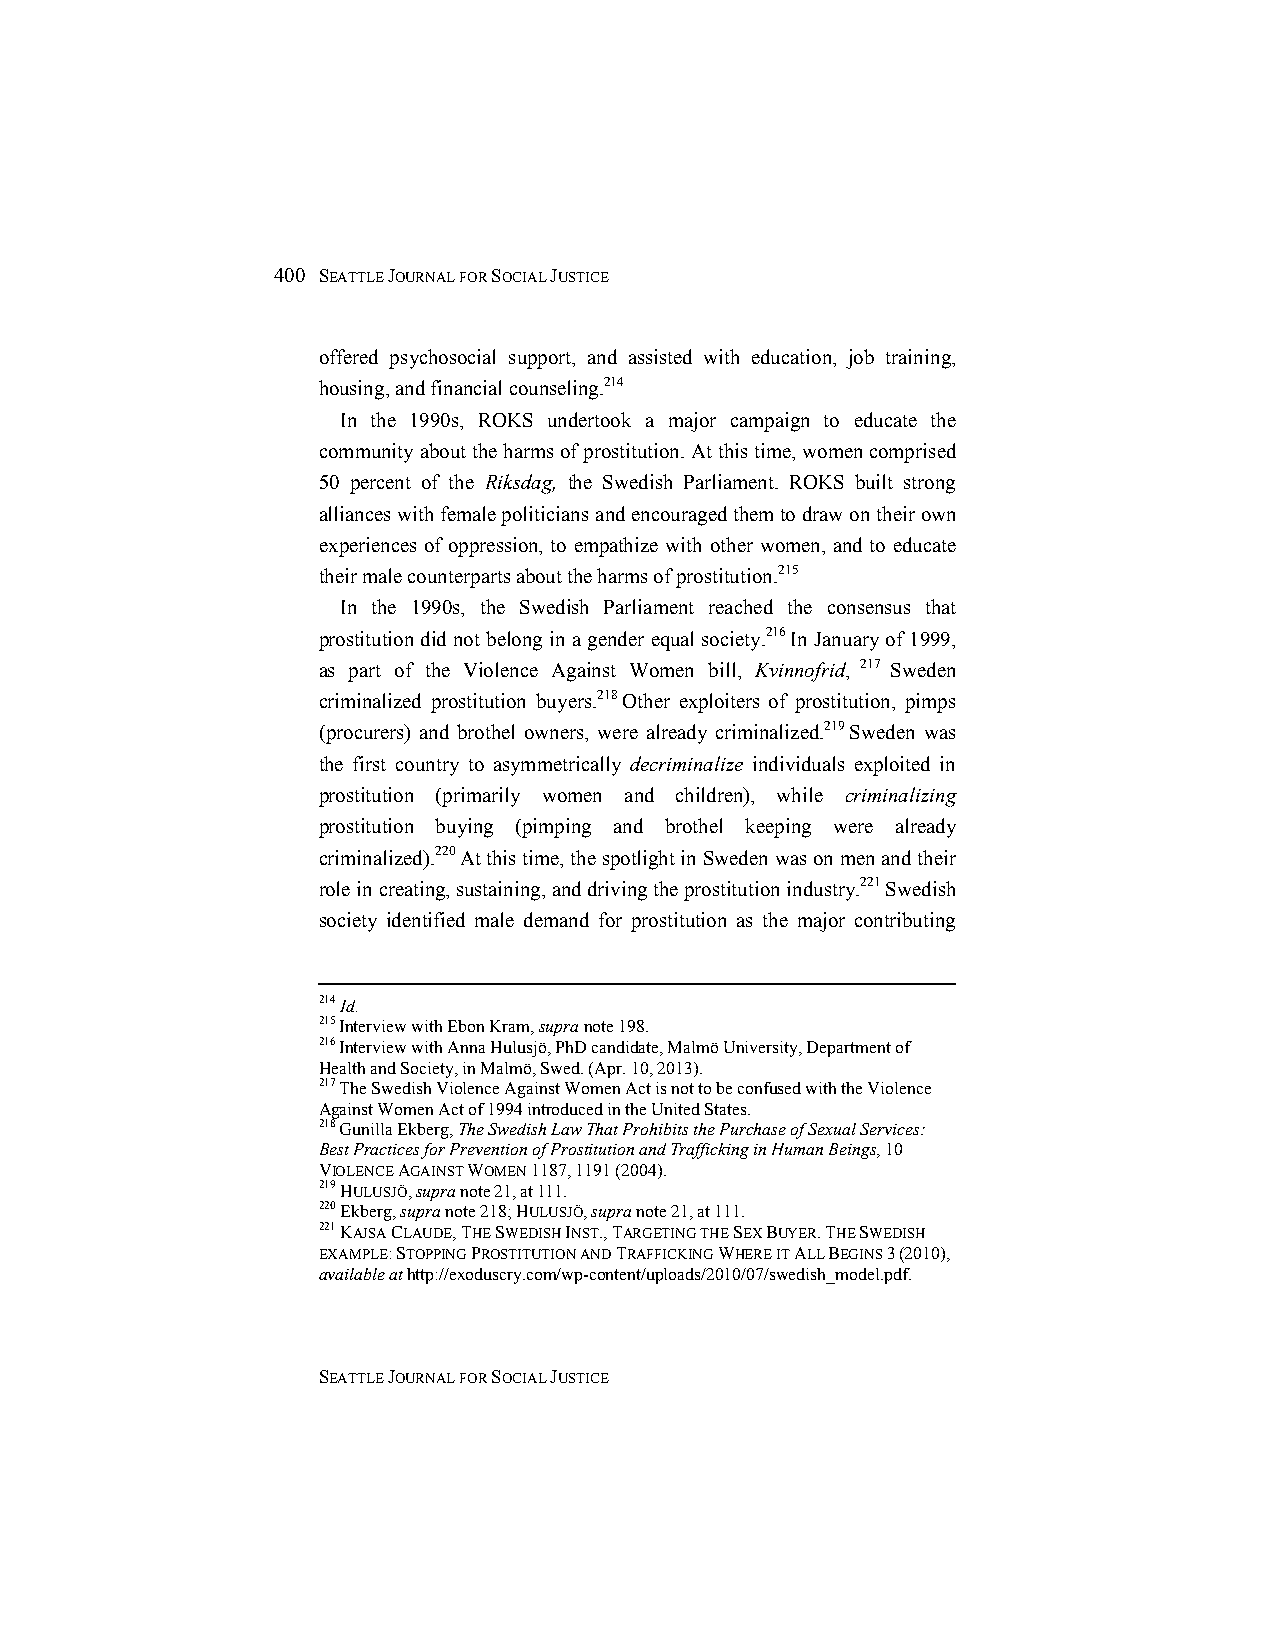
400 SEATTLE JOURNAL FOR SOCIAL JUSTICE
 offered psychosocial support, and assisted with education, job training,
 housing, and financial counseling.214
 In the 1990s, ROKS undertook a major campaign to educate the
 community about the harms of prostitution. At this time, women comprised
 50 percent of the Riksdag, the Swedish Parliament. ROKS built strong
 alliances with female politicians and encouraged them to draw on their own
 experiences of oppression, to empathize with other women, and to educate
 their male counterparts about the harms of prostitution.215
 In the 1990s, the Swedish Parliament reached the consensus that
 prostitution did not belong in a gender equal society.216 In January of 1999,
 as part of the Violence Against Women bill, Kvinnofrid, 217 Sweden
 criminalized prostitution buyers.218 Other exploiters of prostitution, pimps
 (procurers) and brothel owners, were already criminalized.219 Sweden was
 the first country to asymmetrically decriminalize individuals exploited in
 prostitution (primarily women and children), while criminalizing
 prostitution buying (pimping and brothel keeping were already
 criminalized).220 At this time, the spotlight in Sweden was on men and their
 role in creating, sustaining, and driving the prostitution industry.221 Swedish
 society identified male demand for prostitution as the major contributing
 214 Id.
 215 Interview with Ebon Kram, supra note 198.
 216 Interview with Anna Hulusjö, PhD candidate, Malmö University, Department of
 Health and Society, in Malmö, Swed. (Apr. 10, 2013).
 217 The Swedish Violence Against Women Act is not to be confused with the Violence
 Against Women Act of 1994 introduced in the United States.
 218 Gunilla Ekberg, The Swedish Law That Prohibits the Purchase of Sexual Services:
 Best Practices for Prevention of Prostitution and Trafficking in Human Beings, 10
 VIOLENCE AGAINST WOMEN 1187, 1191 (2004).
 219 HULUSJÖ, supra note 21, at 111.
 220 Ekberg, supra note 218; HULUSJÖ, supra note 21, at 111.
 221 KAJSA CLAUDE, THE SWEDISH INST., TARGETING THE SEX BUYER. THE SWEDISH
 EXAMPLE: STOPPING PROSTITUTION AND TRAFFICKING WHERE IT ALL BEGINS 3 (2010),
 available at http://exoduscry.com/wp-content/uploads/2010/07/swedish_model.pdf.
 SEATTLE JOURNAL FOR SOCIAL JUSTICE